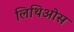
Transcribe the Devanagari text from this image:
लिथिओस